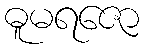
ဓူမရဇော